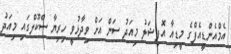
އެމްއެންޑީއެފްގެ މީޑިއާ އޮފިޝަލު މިއަދު ސަން އަށް ވިދާޅުވީ ހިރިޔާ ސްކޫލްގައި މިއަދު